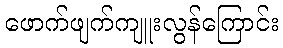
ဖောက်ဖျက်ကျူးလွန်ကြောင်း